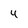
Character: 4